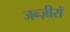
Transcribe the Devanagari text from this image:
जन्ज़ीरों